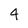
Character: 4